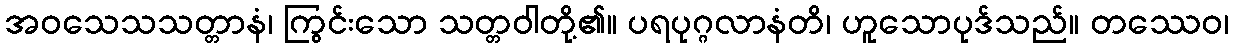
အဝသေသသတ္တာနံ၊ ကြွင်းသော သတ္တဝါတို့၏။ ပရပုဂ္ဂလာနံတိ၊ ဟူသောပုဒ်သည်။ တဿေဝ၊